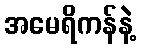
အမေရိကန်နဲ့